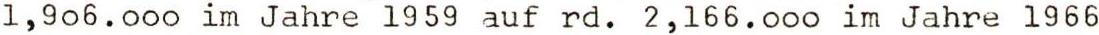
1,9o6.ooo im Jahre 1959 auf rd. 2,166.ooo im Jahre 1966